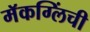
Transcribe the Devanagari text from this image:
मॅकग्लिंची